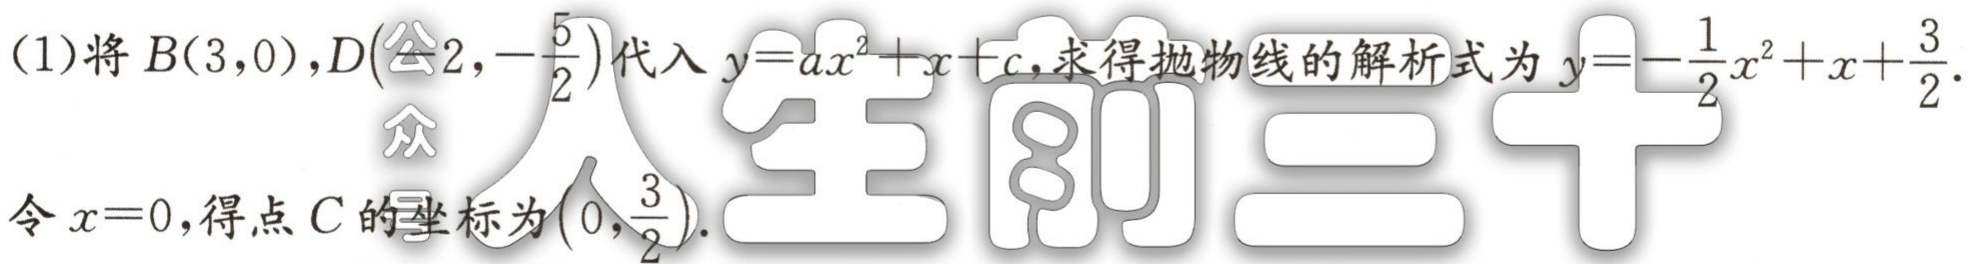
(1)将\(B(3,0),D\left( - 2,-\frac{5}{2}\right)\)代入\(y = ax^{2}+x + c\)，求得抛物线的解析式为\(y =-\frac{1}{2}x^{2}+x+\frac{3}{2}\).
令\(x = 0\)，得点\(C\)的坐标为\(\left(0,\frac{3}{2}\right)\).